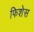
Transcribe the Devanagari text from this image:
फिशेस